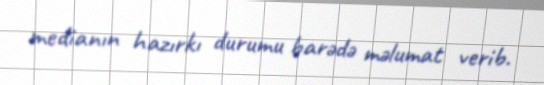
medianın hazırkı durumu barədə məlumat verib.